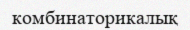
комбинаторикалық